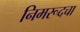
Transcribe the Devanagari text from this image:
निमरूदचा